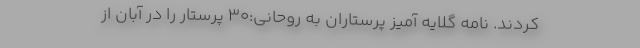
کردند. نامه گلایه آمیز پرستاران به روحانی:۳۰ پرستار را در آبان از